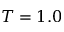
T = 1 . 0